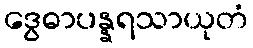
ဒွေဓာပန္နရသာယုတံ